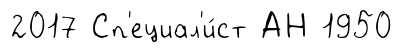
2017 Сп'ециал'и́ст АН 1950